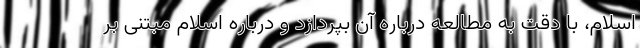
اسلام، با دقت به مطالعه درباره آن بپردازد و درباره اسلام مبتنی بر